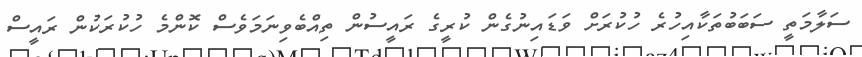
ސަލާމަތީ ސަބަބުތަކާއިހުރެ ހުކުރަށް ވަޑައިނުގެން ކުރީގެ ރައީސުން ތިއްބެވިނަމަވެސް ކޮންމެ ހުކުރަކުން ރައީސް